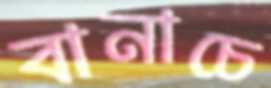
বানাচে